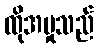
ထိုအမှုသည်